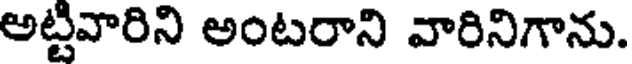
అట్టివారిని అంటరాని వారినిగాను.